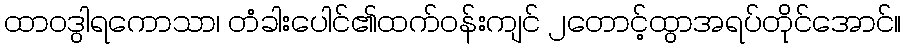
ထာဝဒွါရကောသာ၊ တံခါးပေါင်၏ထက်ဝန်းကျင် ၂တောင့်ထွာအရပ်တိုင်အောင်။